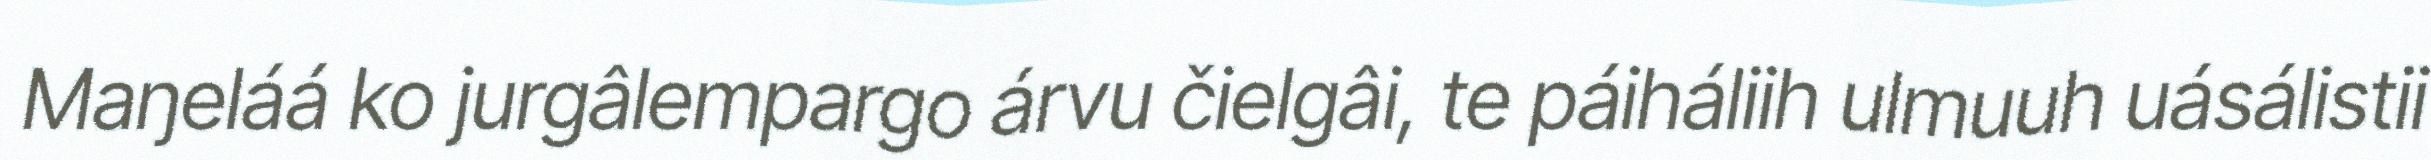
Maŋeláá ko jurgâlempargo árvu čielgâi, te páiháliih ulmuuh uásálistii